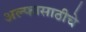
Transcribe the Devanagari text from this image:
अल्फासाठीचे